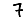
Digit: 7